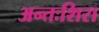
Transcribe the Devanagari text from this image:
अन्तःशिरा